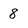
Character: 8